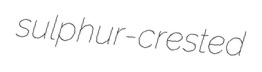
sulphur-crested